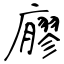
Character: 廫